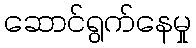
ဆောင်ရွက်နေမှု